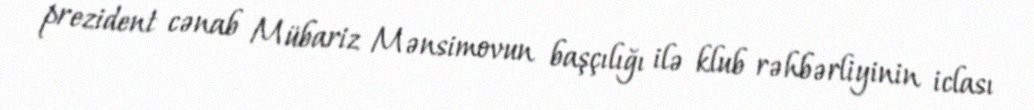
prezident cənab Mübariz Mənsimovun başçılığı ilə klub rəhbərliyinin iclası